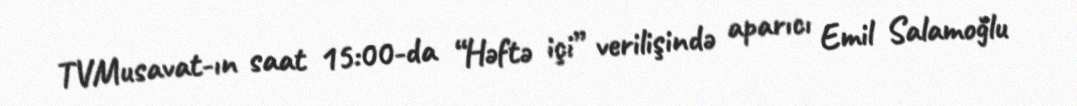
TVMusavat-ın saat 15:00-da “Həftə içi” verilişində aparıcı Emil Salamoğlu